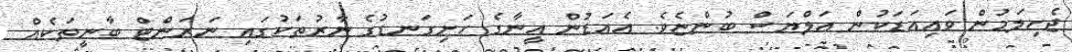
ޖެހިލަމުން ވައިއަޑަކުން އަލްޔަސް ބުންޏެވެ. އެއަޑުން އީނާގެ ހަށިގަނޑުގެ ނާރުތަކުގައި ނަރަންޓް ބާނީތަކެއް